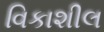
વિકાશીલ